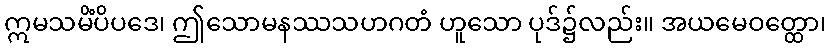
ဣမသမိံပိပဒေ၊ ဤသောမနဿသဟဂတံ ဟူသော ပုဒ်၌လည်း။ အယမေဝတ္ထော၊